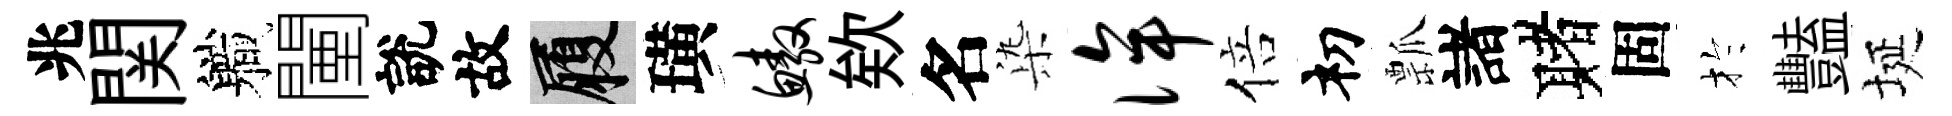
兆関軄闉說故履璜鳌欸名𣑱侔倍𥘉瓢諸赌固扵豔埏